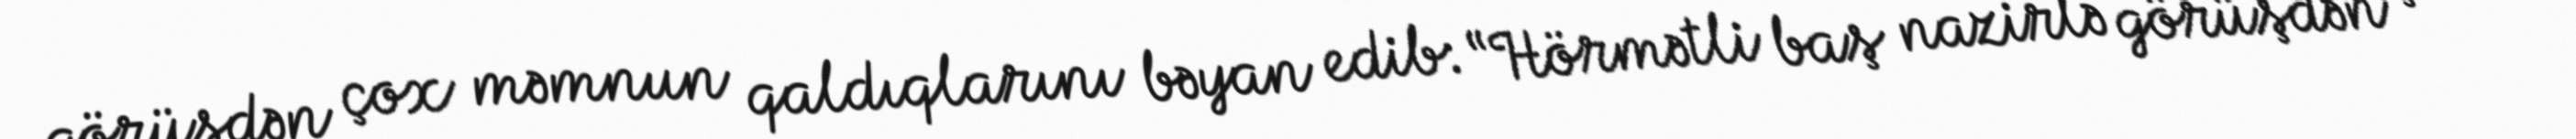
görüşdən çox məmnun qaldıqlarını bəyan edib: “Hörmətli baş nazirlə görüşdən çox